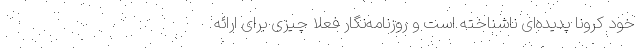
خود کرونا پدیده‌ای ناشناخته است و روزنامه‌نگار فعلاً چیزی برای ارائه